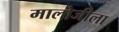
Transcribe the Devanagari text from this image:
मालोजीला